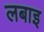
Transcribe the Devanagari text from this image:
लबाइ